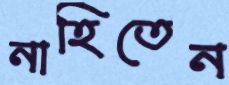
নাহিতেন